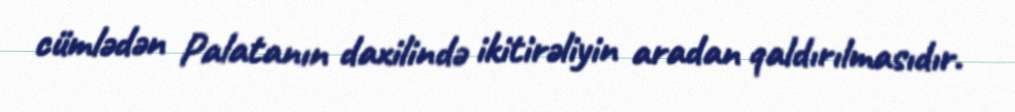
cümlədən Palatanın daxilində ikitirəliyin aradan qaldırılmasıdır.